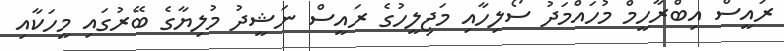
ރައީސް އިބްރާހީމް މުހައްމަދު ސޯލިހާއި މަޖިލީހުގެ ރައީސް ނަޝީދު މުލިޔާގެ ބޭރުގައި މީހަކާއި